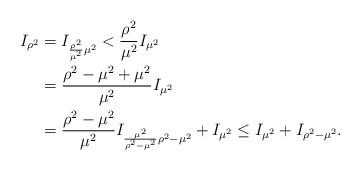
LaTeX: \begin{align*}I_{\rho^{2}}&=I_{\frac{\rho^{2}}{\mu^{2}}\mu^{2}}<\frac{\rho^{2}}{\mu^{2}}I_{\mu^{2}}\\&=\frac{\rho^{2}-\mu^{2}+\mu^{2}}{\mu^{2}}I_{\mu^{2}}\\&=\frac{\rho^{2}-\mu^{2}}{\mu^{2}}I_{\frac{\mu^{2}}{\rho^{2}-\mu^{2}}\rho^{2}-\mu^{2}}+I_{\mu^{2}}\le I_{\mu^{2}}+I_{\rho^{2}-\mu^{2}}.\end{align*}